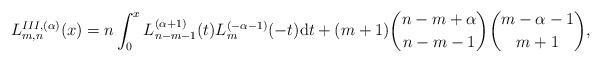
LaTeX: \begin{align*}L_{m,n}^{III,(\alpha)}(x)=n\int_0^xL_{n-m-1}^{(\alpha+1)}(t)L_m^{(-\alpha-1)}(-t){\rm d}t+(m+1)\binom{n-m+\alpha}{n-m-1}\binom{m-\alpha-1}{m+1},\end{align*}